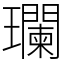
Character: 瓓